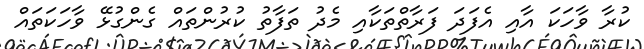
ކުރާ ވާހަކަ އާއި އެފަދަ ފަރާތްތަކާއި މެދު ތަފާތު ކުރުންތައް ގެންގުޅޭ ވާހަކަތައް